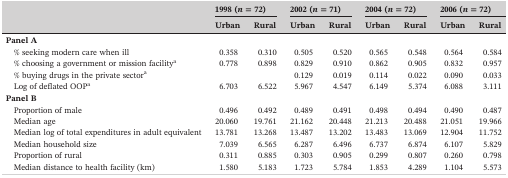
|  | <COLSPAN=2> 1998 (n = 72) | <COLSPAN=2> 2002 (n = 71) | <COLSPAN=2> 2004 (n = 72) | <COLSPAN=2> 2006 (n = 72) |
 |  | Urban | Rural | Urban | Rural | Urban | Rural | Urban | Rural |
 | --- | --- | --- | --- | --- | --- | --- | --- | --- |
 | Panel A |  |  |  |  |  |  |  |  |
 | % seeking modern care when ill | 0.358 | 0.310 | 0.505 | 0.520 | 0.565 | 0.548 | 0.564 | 0.584 |
 | % choosing a government or mission facilitya | 0.778 | 0.898 | 0.829 | 0.910 | 0.862 | 0.905 | 0.832 | 0.957 |
 | % buying drugs in the private sectora |  |  | 0.129 | 0.019 | 0.114 | 0.022 | 0.090 | 0.033 |
 | Log of deflated OOPa | 6.703 | 6.522 | 5.967 | 4.547 | 6.149 | 5.374 | 6.088 | 3.111 |
 | Panel B |  |  |  |  |  |  |  |  |
 | Proportion of male | 0.496 | 0.492 | 0.489 | 0.491 | 0.498 | 0.494 | 0.490 | 0.487 |
 | Median age | 20.060 | 19.761 | 21.162 | 20.448 | 21.213 | 20.488 | 21.051 | 19.966 |
 | Median log of total expenditures in adult equivalent | 13.781 | 13.268 | 13.487 | 13.202 | 13.483 | 13.069 | 12.904 | 11.752 |
 | Median household size | 7.039 | 6.565 | 6.287 | 6.496 | 6.737 | 6.874 | 6.107 | 5.829 |
 | Proportion of rural | 0.311 | 0.885 | 0.303 | 0.905 | 0.299 | 0.807 | 0.260 | 0.798 |
 | Median distance to health facility (km) | 1.580 | 5.183 | 1.723 | 5.784 | 1.853 | 4.289 | 1.104 | 5.573 |